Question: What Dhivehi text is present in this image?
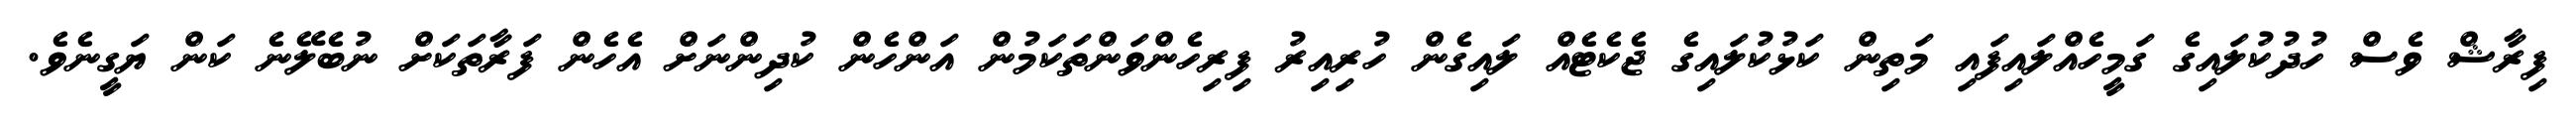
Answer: ފިރާޝް ވެސް ހުދުކުލައިގެ ގަމީހެއްލައިފައި މަތިން ކަޅުކުލައިގެ ޖެކެޓެއް ލައިގެން ހުރިއިރު ފިރިހެންވަންތަކަމުން އަންހެން ކުދިންނަށް އެހެން ފަރާތަކަށް ނުބެލޭނެ ކަން ޔަގީނެވެ.